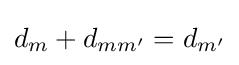
d_{m}+d_{mm'}=d_{m'}